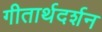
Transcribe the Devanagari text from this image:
गीतार्थदर्शन